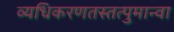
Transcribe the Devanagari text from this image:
व्यधिकरणतस्तत्पुमान्वा